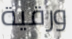
ورقية